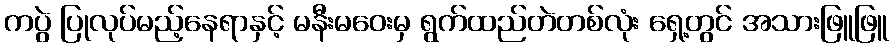
ကပွဲ ပြုလုပ်မည့်နေရာနှင့် မနီးမဝေးမှ ရွက်ထည်တဲတစ်လုံး ရှေ့တွင် အသားဖြူဖြူ